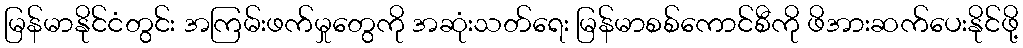
မြန်မာနိုင်ငံတွင်း အကြမ်းဖက်မှုတွေကို အဆုံးသတ်ရေး မြန်မာစစ်ကောင်စီကို ဖိအားဆက်ပေးနိုင်ဖို့